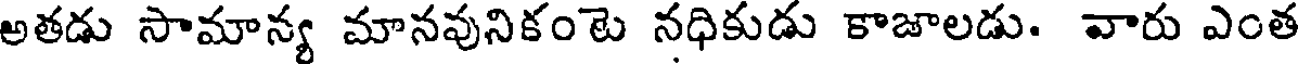
అతడు సామాన్య మానవునికంటె నధికుడు కాజాలడు. వారు ఎంత